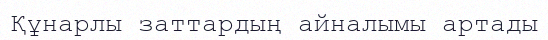
Құнарлы заттардың айналымы артады